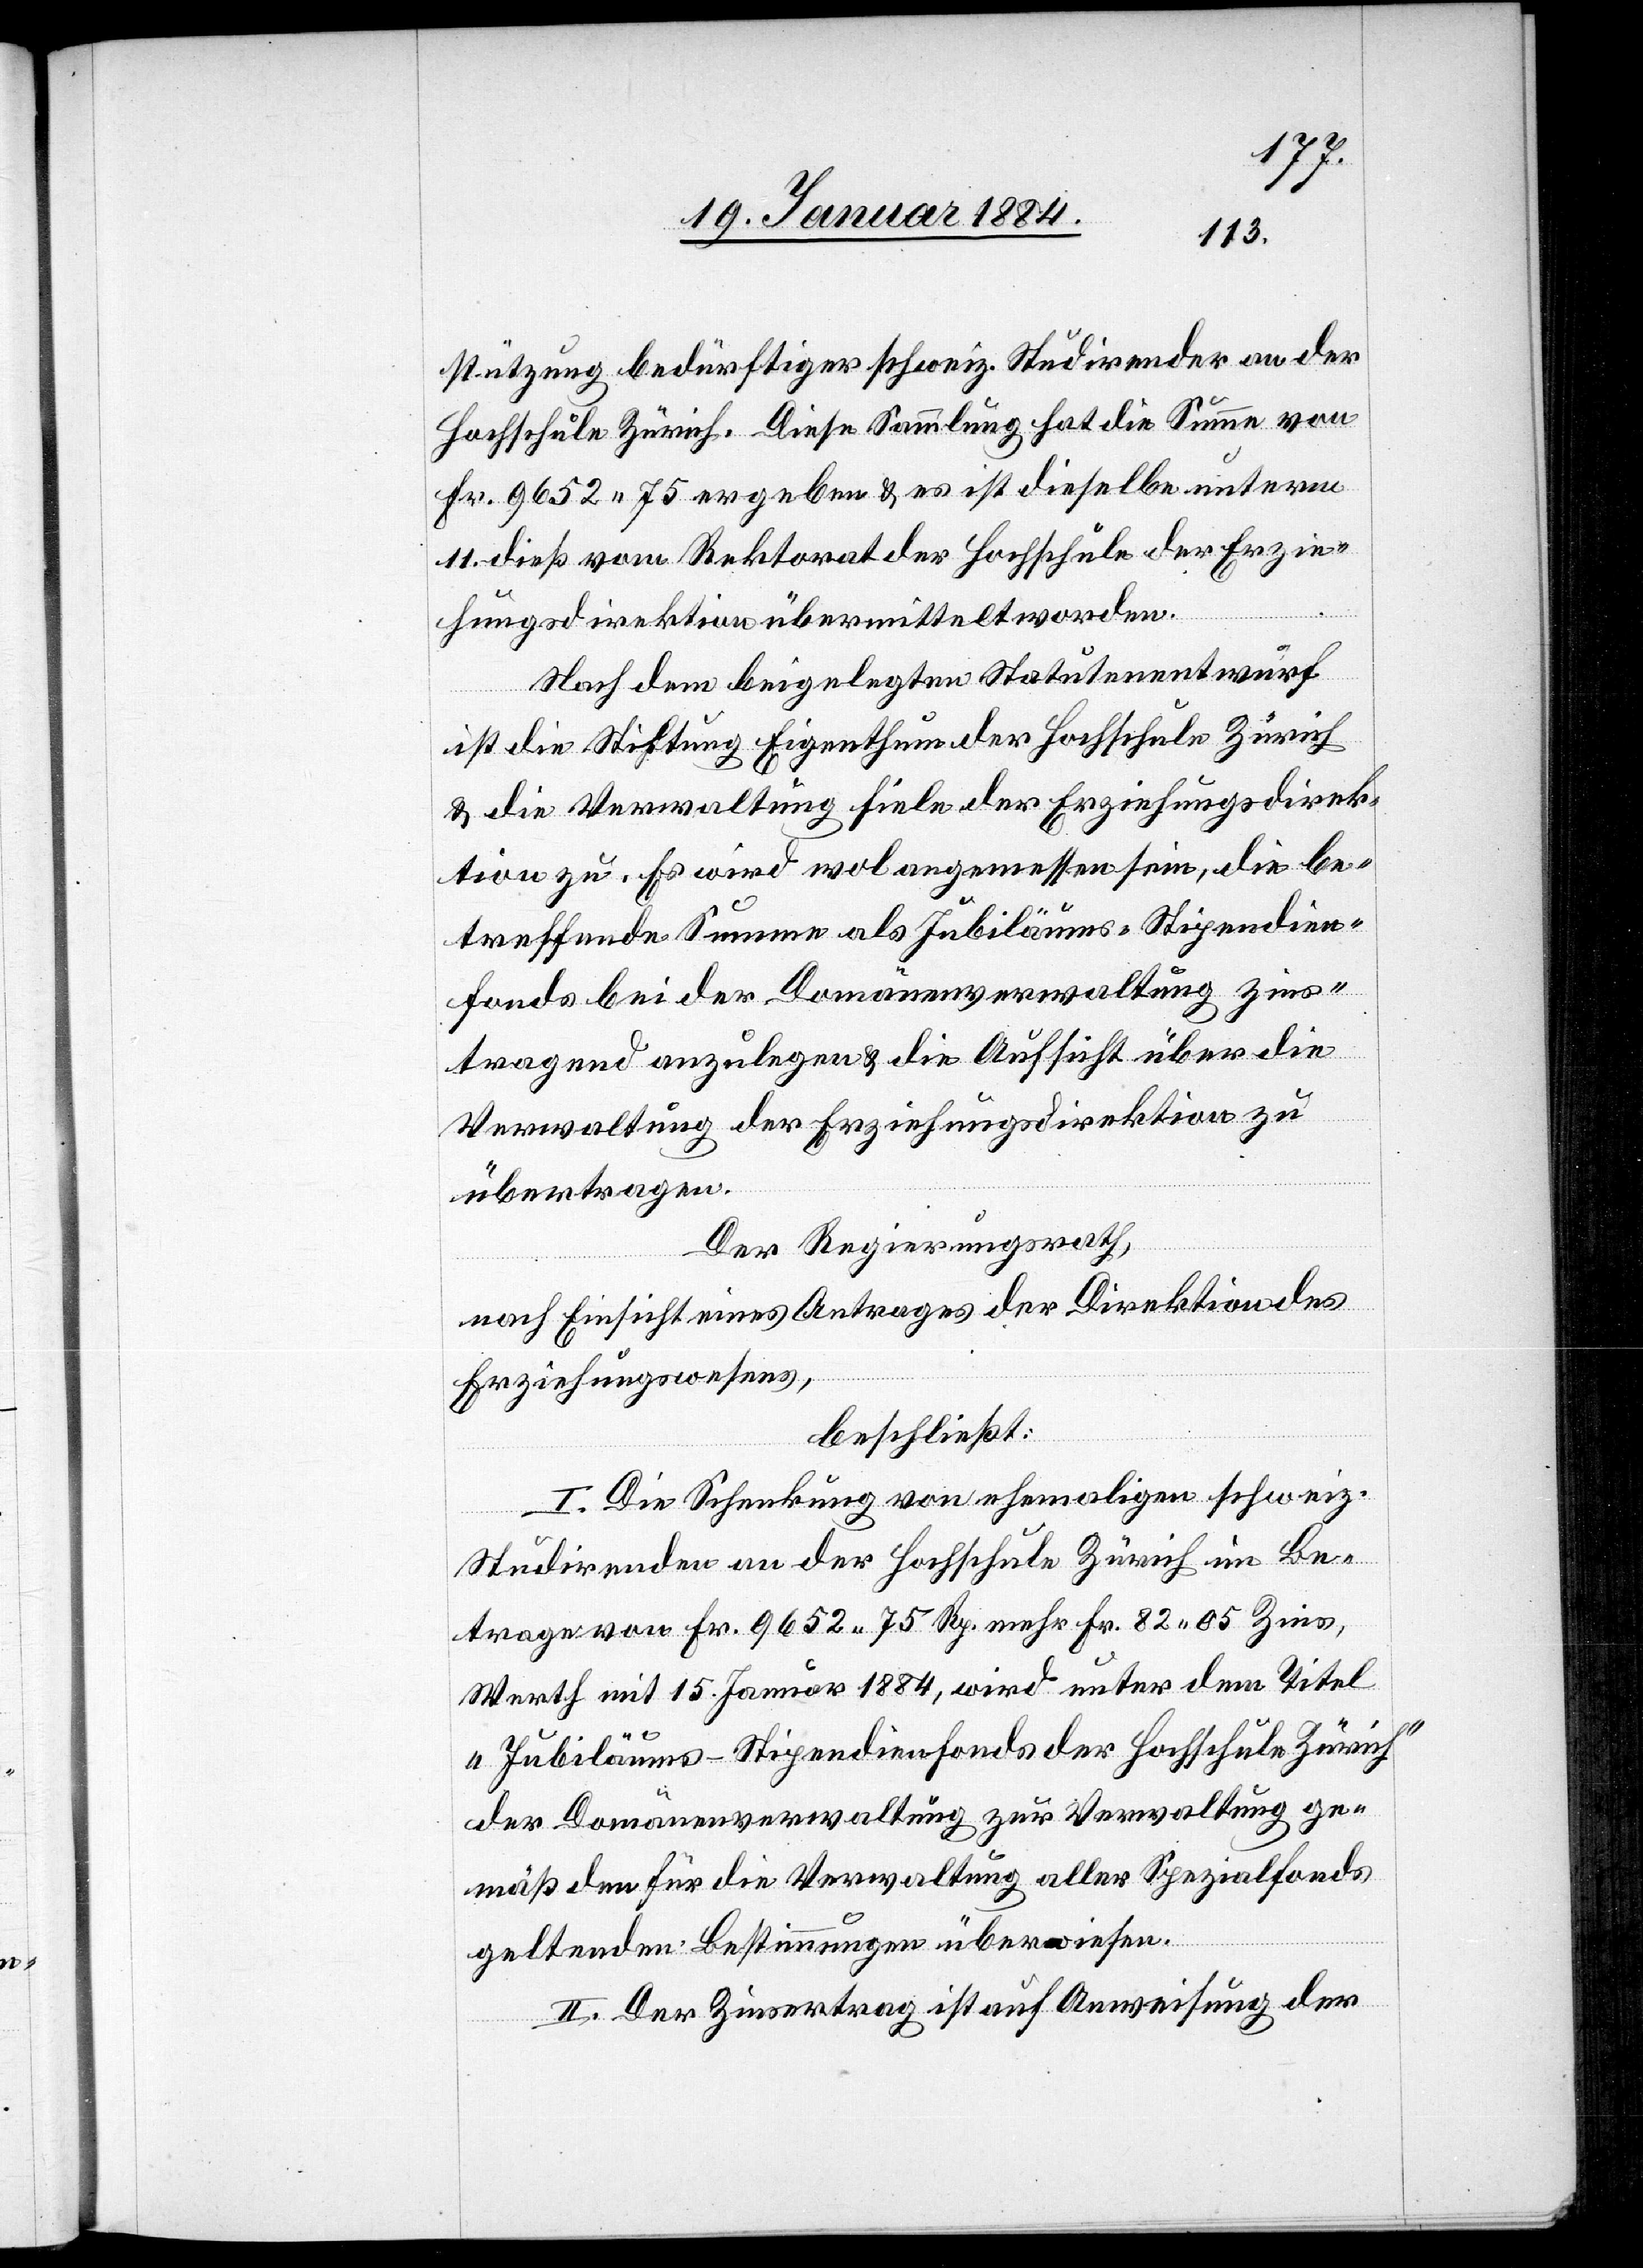
stützung bedürftiger schweiz. Studirender an der
Hochschule Zürich. Diese Sammlung hat die Summe von
Fr. 9652 75 ergeben & es ist dieselbe unterm
11. dieß vom Rektorat der Hochschule der Erzie¬
hungsdirektion übermittelt worden.
Nach dem beigelegtem Statutenentwurf
ist die Stiftung Eigenthum der Hochschule Zürich
& die Verwaltung fiele der Erziehungsdirek¬
tion zu. Es wird wol angemessen sein, die be¬
treffende Summe als Jubiläums-Stipendien-F¬
onds bei der Domänenverwaltung zins¬
tragend anzulegen & die Aufsicht über die
Verwaltung der Erziehungsdirektion zu
übertragen.
Der Regierungsrath,
nach Einsicht eines Antrages der Direktion des
Erziehungswesens,
beschließt:
I. Die Schenkung von ehemaligen schweiz.
Studirenden an der Hochschule Zürich im Be¬
trage von Fr. 9652 75 Rp. mehr Fr. 82 05 Zins,
Werth mit 15. Januar 1884, wird unter dem Titel
„Jubiläums-Stipendienfonds der Hochschule Zürich“
der Domänenverwaltung zur Verwaltung ge¬
mäß den für die Verwaltung aller Spezialfonds
geltenden Bestimmungen überwiesen.
II. Der Zinsertrag ist auf Anweisung der